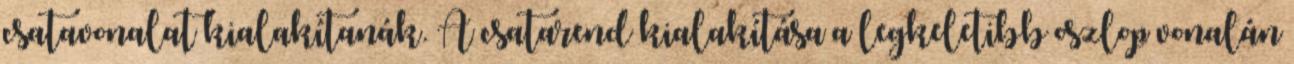
csatavonalat kialakítanák. A csatarend kialakítása a legkeletibb oszlop vonalán